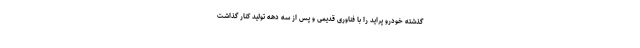
گذشته خودرو پرايد را با فناوری قدیمی و پس از سه دهه توليد كنار گذاشت